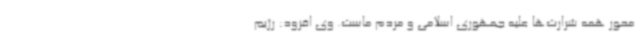
محور همه شرارت‌ها علیه جمهوری اسلامی و مردم ماست. وی افزود: رژیم